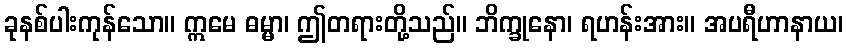
ခုနစ်ပါးကုန်သော။ ဣမေ ဓမ္မာ၊ ဤတရားတို့သည်။ ဘိက္ခုနော၊ ရဟန်းအား။ အပရီဟာနာယ၊